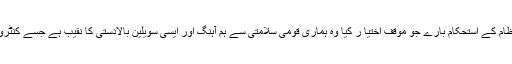
لاریب مسلم لیگی قیادت نے ملک کے سیاسی نظام کے استحکام بارے جو موقف اختیا ر کیا وہ ہماری قومی سلامتی سے ہم آہنگ اور ایسی سویلین بالادستی کا نقیب ہے جسے کنٹرول کرنا بیرونی طاقتوں کیلئے ممکن نہیں ہو گا۔